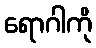
ရောဂါကို